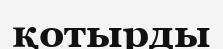
қотырды